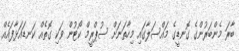
ބާރަ މެންބަރުންގެ ގޮނޑީގެ މައްސަލާގައި މިހާތަނަށް ސުޕްރީމް ކޯޓުން ވަކި ގޮތެއް ކަނޑައަޅާފައެއް